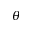
\theta